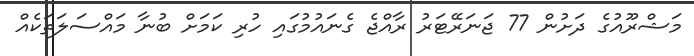
މަޝްރޫއުގެ ދަށުން 77 ޖަނަރޭޓަރު ރާއްޖެ ގެނައުމުގައި ހުރި ކަމަށް ބުނާ މައްސަލަތަކެއް